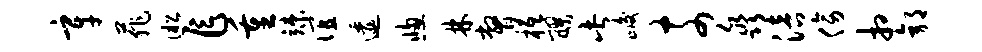
辛菲淞乍重竦谊逶窗林瞥柢醪此峻奈淼涪傍相郭